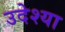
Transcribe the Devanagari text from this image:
उदेश्या